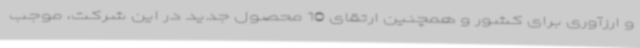
و ارزآوری برای کشور و همچنین ارتقای 10 محصول جدید در این شرکت، موجب